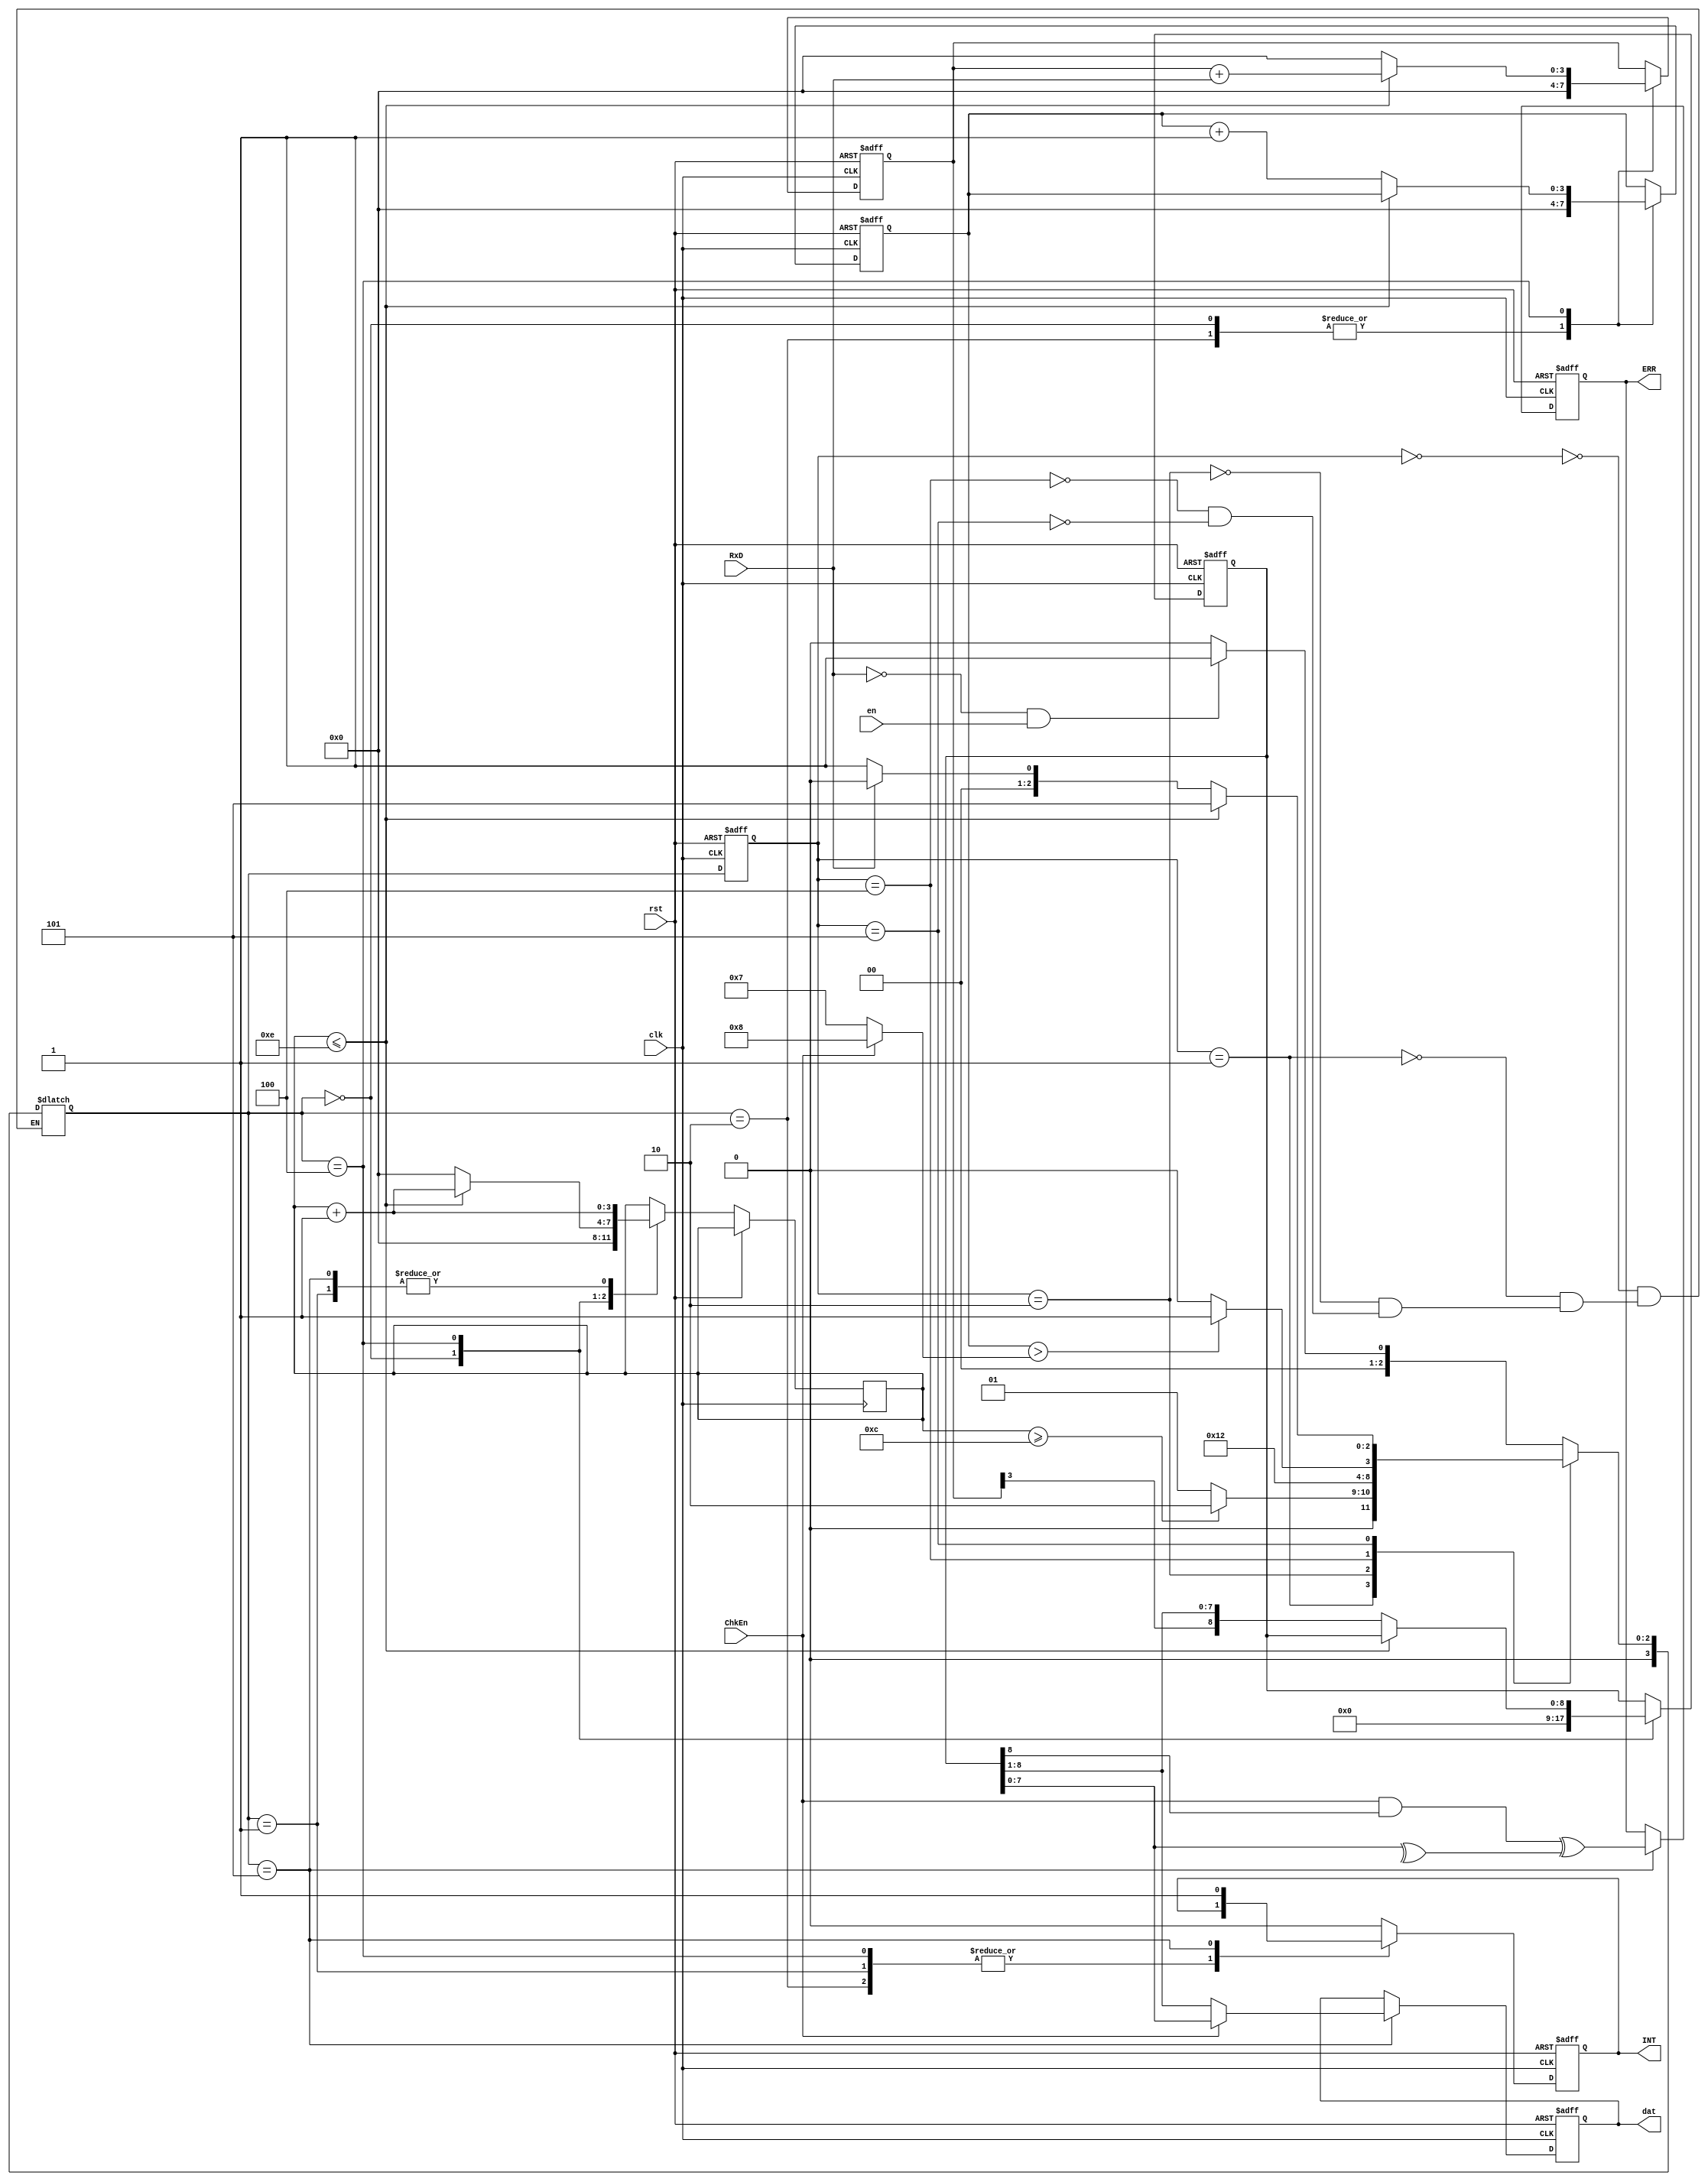
module UART_Rx(clk,rst,en,ChkEn,RxD,dat,ERR,INT);
input clk,rst,RxD,ChkEn,en;
output reg[7:0]dat;
output reg ERR,INT;
reg [8:0]RBUF;
reg[3:0]status;
reg[3:0]next_status;
reg[3:0]OSRCNT;
reg [3:0]BCNT;
reg [3:0]RSTAT;
wire [3:0]BSEL;//8bit or 9 bit;
parameter Idle		=3'b000;
parameter wait16	=3'b001;
parameter CLR		=3'b010;
parameter Rb		=3'b100;
parameter Stop		=3'b101;
assign BSEL=(ChkEn)?4'h8:4'h7;
always @(posedge clk or posedge rst)
begin
if (rst)
	begin
	status<=Idle;
	end
else status<=next_status;
end

always @(*)
begin
	case (status)
	Idle:
		begin
		if((!RxD)&en) next_status=wait16;
		else next_status=Idle;
		end

	wait16:
		begin
		if(RSTAT>=4'hc)next_status=CLR;
		else next_status=wait16;
		end
	CLR:
		begin
		next_status=Rb;
		end
	Rb:
		begin
		if(BCNT>BSEL)next_status=Stop;
		else next_status=Rb;
		end
	Stop:
		begin
		if(RSTAT<=5'h0e) next_status=Stop;
		else 
			if(RxD) next_status=Idle;
			else next_status=wait16;
		end
	endcase
end

always @ (posedge clk or posedge rst)
begin
	if(rst)
		begin
			INT<=0;
			ERR<=0;
			BCNT<=0;
			OSRCNT<=0;
			RBUF<=0;
			dat<=0;
		end
	else
		begin
			case (next_status)
				Idle:
				begin
					OSRCNT<=0;
					RSTAT<=0;
					BCNT<=0;	
					RBUF<=0;
					INT<=0;
				end
				wait16:
				begin
					RSTAT<=RSTAT+1;
				end
				CLR:
				begin
					BCNT<=0;
					OSRCNT<=0;
				end
				Rb:
				begin 
					
					if(RSTAT<=4'he)
					begin
						OSRCNT<=OSRCNT+RxD;
						RSTAT<=RSTAT+1;
					end
					else
						begin
							RSTAT<=0;
							BCNT<=BCNT+1;
							RBUF<={OSRCNT[3],RBUF[8:1]};
							OSRCNT<=0;
						end
				end
				Stop:
				begin 
					dat<=(ChkEn)?RBUF[7:0]:RBUF[8:1];
					INT<=1'b1;
					ERR<=ChkEn&(RBUF[8])^(^RBUF[7:0]);
					RSTAT<=RSTAT+1;
				end
				default:INT<=1'b0;
			endcase
		end
end
endmodule